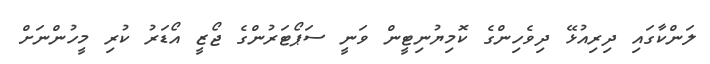
ލަންކާގައި ދިރިއުޅޭ ދިވެހިންގެ ކޮމިޔުނިޓީން ވަނީ ސަޕޯޓަރުންގެ ޖޯޒީ އޯޑަރު ކުރި މީހުންނަށް